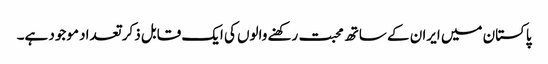
پاکستان میں ایران کے ساتھ محبت رکھنے والوں کی ایک قابل ذکر تعداد موجود ہے۔